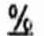
%